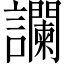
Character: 讕